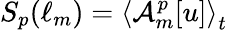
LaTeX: S_{p}(\ell_{m})=\left\langle\mathcal{A}_{m}^{p}[u]\right\rangle_{t}